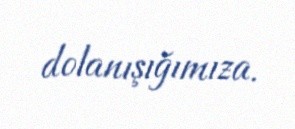
dolanışığımıza.